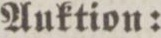
Auktion: